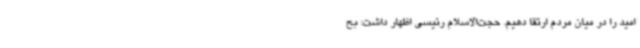
امید را در میان مردم ارتقا دهیم. حجت‌الاسلام رئیسی اظهار داشت: بح